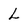
Character: L